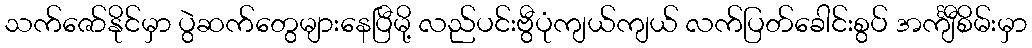
သက်ဇော်နိုင်မှာ ပွဲဆက်တွေများနေပြီမို့ လည်ပင်းဗွီပုံကျယ်ကျယ် လက်ပြတ်ခေါင်းစွပ် အင်္ကျီစိမ်းမှာ